Indian journal of veterinary science and animal husbandry - Volume 9,
Year: 1939
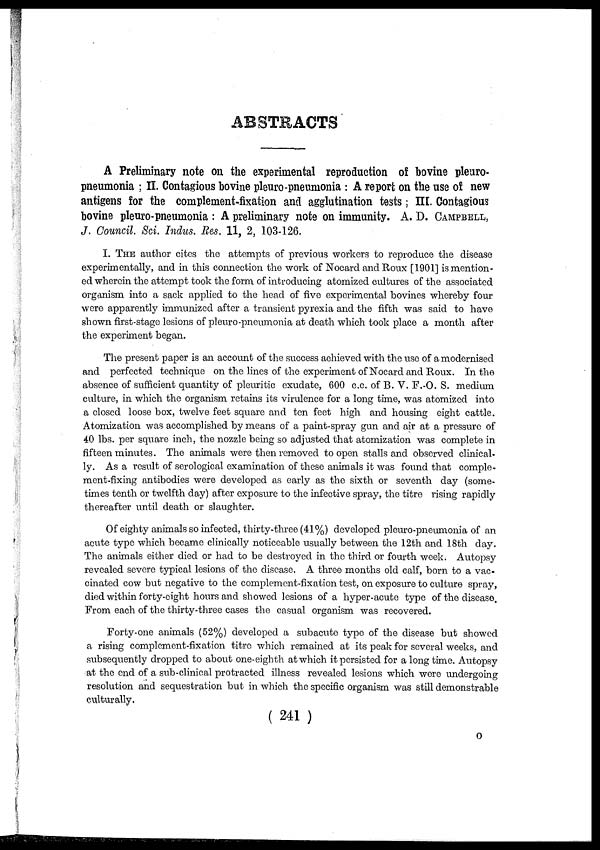
ABSTRACTS
A Preliminary note on the experimental reproduction of bovine pleuro-
pneumonia ; II. Contagious bovine pleuro pneumonia : A report on the use of new
antigens for the complement-fixation and agglutination tests; III. Contagious
bovine pleuro-pneumonia : A preliminary note on immunity. A. D. CAMPBELL,
J. Council. Sci. Indus. Res. 11, 2, 103-126.
I. THE author cites the attempts of previous workers to reproduce the disease
experimentally, and in this connection the work of Nocard and Roux [1901] is mention-
ed wherein the attempt took the form of introducing atomized cultures of the associated
organism into a sack applied to the head of five experimental bovines whereby four
were apparently immunized after a transient pyrexia and the fifth was said to have
shown first-stage lesions of pleuro-pneumonia at death which took place a month after
the experiment began.
The present paper is an account of the success achieved with the use of a modernised
and perfected technique on the lines of the experiment of Nocard and Roux. In the
absence of sufficient quantity of pleuritic exudate, 600 c.c. of B. V. F.O. S. medium
culture, in which the organism retains its virulence for a long time, was atomized into
a closed loose box, twelve feet square and ten feet high and housing eight cattle.
Atomization was accomplished by means of a paint-spray gun and air at a pressure of
40 lbs. per square inch, the nozzle being so adjusted that atomization was complete in
fifteen minutes. The animals were then removed to open stalls and observed clinical-
ly. As a result of serological examination of these animals it was found that comple-
ment-fixing antibodies were developed as early as the sixth or seventh day (some-
times tenth or twelfth day) after exposure to the infective spray, the titre rising rapidly
thereafter until death or slaughter.
Of eighty animals so infected, thirty-three (41%) developed pleuro-pneumonia of an
acute type which became clinically noticeable usually between the 12th and 18th day.
The animals either died or had to be destroyed in the third or fourth week. Autopsy
revealed severe typical lesions of the disease. A three months old calf, born to a vac-
cinated cow but negative to the complement-fixation test, on exposure to culture spray,
died within forty-eight hours and showed lesions of a hyper-acute type of the disease.
From each of the thirty-three cases the casual organism was recovered.
Forty-one animals (52%) developed a subacute type of the disease but showed
a rising complement-fixation titre which remained at its peak for several weeks, and
subsequently dropped to about one-eighth at which it persisted for a long time. Autopsy
at the end of a sub-clinical protracted illness revealed lesions which were undergoing
resolution and sequestration but in which the specific organism was still demonstrable
culturally.
( 241 )
O